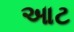
આટ